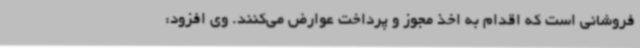
‌فروشانی است که اقدام به اخذ مجوز و پرداخت عوارض می‌کنند. وی افزود: